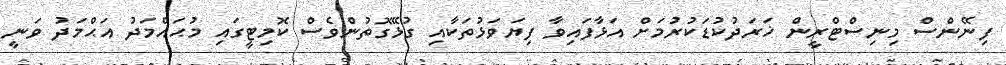
ފިނޭންސް މިނިސްޓްރީން ޚަރަދުކުޑަކުރުމަށް އަޅާފައިވާ ފިޔަވަޅުތަކާއި ގުޅޭގޮތުންވެސް ކޮމިޓީގައި މުޙައްމަދު އަޙްމަދު ވަނީ